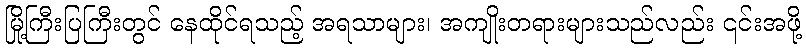
မြို့ကြီးပြကြီးတွင် နေထိုင်ရသည့် အရသာများ၊ အကျိုးတရားများသည်လည်း ၎င်းအဖို့